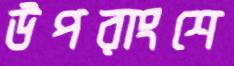
উপরাংশে